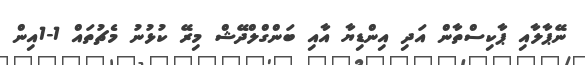
ނޭޕާލާއި ޕާކިސްތާން އަދި އިންޑިޔާ އާއި ބަންގްލްދޭޝް މިރޭ ކުޅުނު މެޗުތައް 1-1އިން